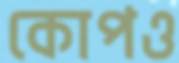
কোপও